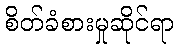
စိတ်ခံစားမှုဆိုင်ရာ